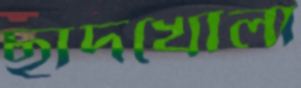
ছাদখোলা